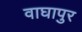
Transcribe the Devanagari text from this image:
वाघापुर